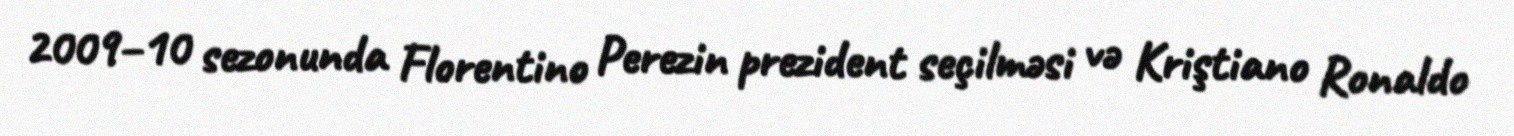
2009–10 sezonunda Florentino Perezin prezident seçilməsi və Kriştiano Ronaldo